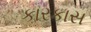
કારકાસ